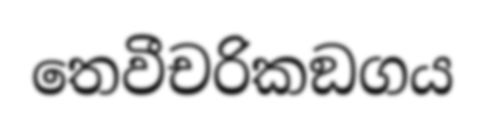
තෙවීචරිකඞගය